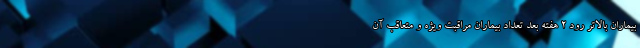
بیماران بالاتر رود ۲ هفته بعد تعداد بیماران مراقبت ویژه و متعاقب آن